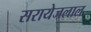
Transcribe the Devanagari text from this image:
सरायेजलाल